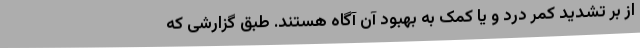
از بر تشدید کمر درد و یا کمک به بهبود آن آگاه هستند. طبق گزارشی که